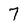
Character: 7